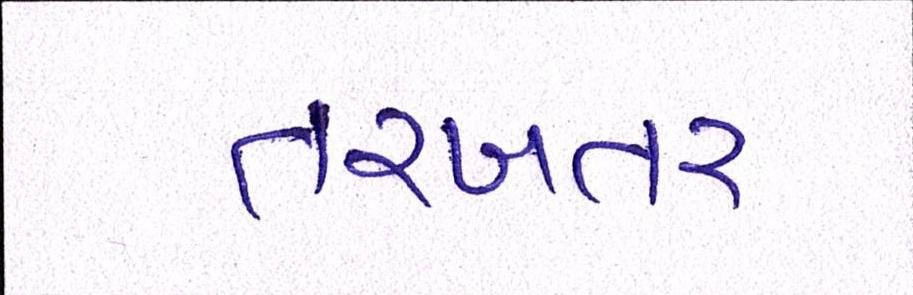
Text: તરબતર